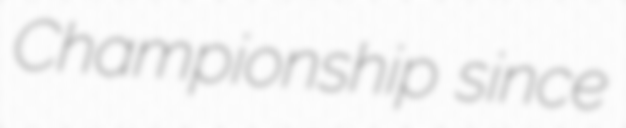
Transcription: Championship since